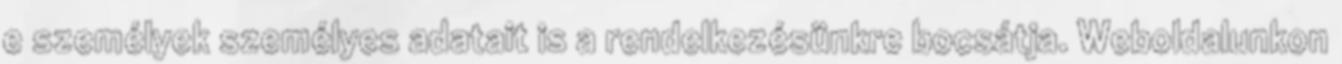
e személyek személyes adatait is a rendelkezésünkre bocsátja. Weboldalunkon